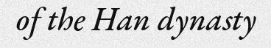
of the Han dynasty